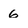
Character: 6